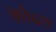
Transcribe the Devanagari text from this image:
कोब्त